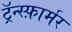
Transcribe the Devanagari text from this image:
ट्रॅन्स्फ़ार्मर